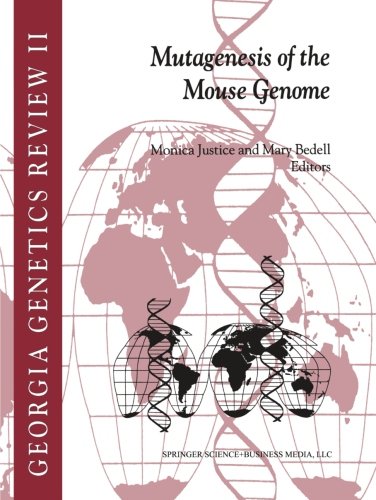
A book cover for Mutagenesis of the Mouse Genome (Georgia Genetics Review); Medical Books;